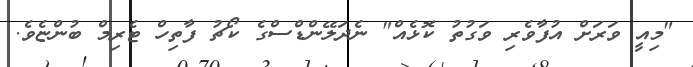
"މިއީ ވަރަށް އުފާވެރި ވަގުތު ކޮޅެއް" ނެދަލޭންޑްސްގެ ކޯޗު ފާތިހް ޓެރިމް ބުންޏެވެ.